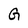
Character: G